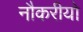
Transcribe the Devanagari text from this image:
नौकरीयो